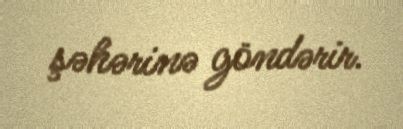
şəhərinə göndərir.